Insane asylums in Bengal annual reports 1867-1875 - 1867-1875
Year: 1867
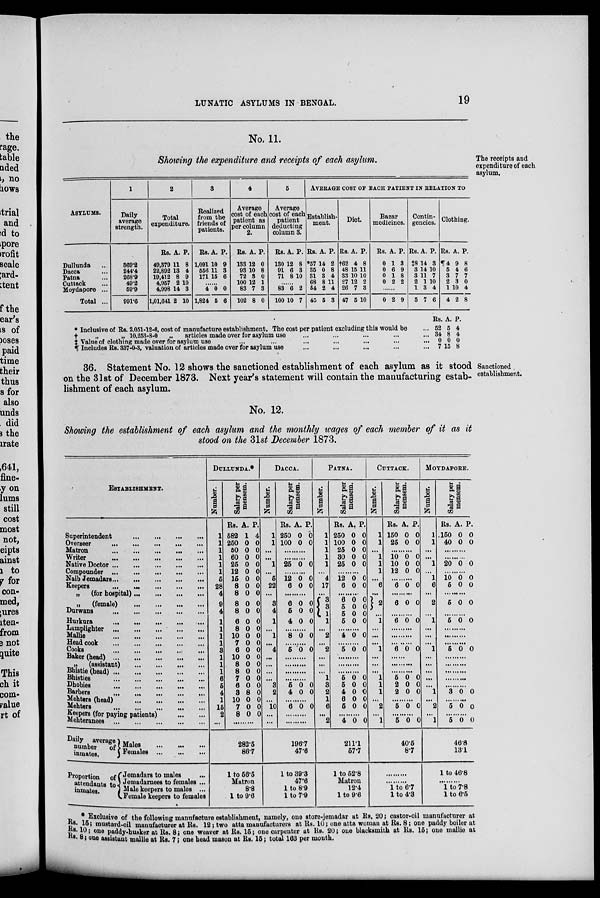
LUNATIC ASYLUMS IN BENGAL.
19
The receipts and
expenditure of each
asylum.
No. 11.
Showing the expenditure and receipts of each asylum.
ASYLUMS.
Dullunda ...
Dacca ...
Patna ...
Cuttack ...
Moydapore ...
Total ...
1
Daily
average
strength.
369.2
244.4
268.9
49.2
59.9
991.6
2
Total
expenditure.
Rs.
49,379
22,892
19,412
4,957
4,998
1,01,641
A.
11
13
8
2
14
2
P.
8
4
9
10
3
10
3
Realized
from the
friends of
patients.
Rs.
1,091
556
171
A.
10
11
15
P.
9
3
6
.......
4
1,824
0
5
0
6
4
Average
cost of each
patient as
per column
2.
Rs.
133
93
72
100
83
102
A.
12
10
3
12
7
8
P.
0
8
0
1
3
0
5
Average
cost of each
patient
deducting
column 3.
Rs.
130
91
71
A.
12
6
8
P.
8
3
10
.....
83
100
6
10
2
7
AVERAGE COST OF EACH PATIENT IN RELATION TO
Establish-
ment.
Rs.
*57
35
31
68
54
45
A.
14
0
3
8
2
5
P.
2
8
4
11
4
3
Diet.
Rs.
†62
48
33
27
26
47
A.
4
15
10
12
7
5
P.
8
11
10
2
3
10
Bazar
medicines.
Rs.
0
0
0
0
A.
1
6
1
2
P.
3
9
8
2
......
0 2 9
Contin-
gencies.
Rs.
‡8
3
3
2
1
5
A.
14
14
11
1
3
7
P.
3
10
7
10
4
6
Clothing.
Rs.
¶4
5
3
2
1
4
A.
9
4
7
3
10
2
P.
8
6
7
0
4
8
* Inclusive of Rs. 2,051-12-6, cost of manufacture establishment. The cost per patient excluding this would be
†
„
„ 10,253-8-0
„
articles made over for asylum use ... ... ... ...
‡ Value of clothing made over for asylum use ... ... ... ... ... ... ... ...
¶ Includes Rs. 337-0-3, valuation of articles made over for asylum use ... ... ... ... ...
Rs.
52
34
0
7
A.
5
8
0
15
P.
4
4
0
8
Sanctioned
establishment.
36. Statement No. 12 shows the sanctioned establishment of each asylum as it stood
on the 31st of December 1873. Next year's statement will contain the manufacturing estab-
lishment of each asylum.
No. 12.
Showing the establishment of each asylum and the monthly wages of each member of it as it
stood on the 31st December 1873.
ESTABLISHMENT.
Superintendent
...
...
...
...
Overseer
...
...
...
...
Matron
...
...
...
...
Writer
...
...
...
...
Native Doctor
...
...
...
...
Compounder
...
...
...
...
...
Naib Jemadars ... ... ... ... ... ...
Keepers
...
...
...
...
...
...
(for hospital)
...
...
...
...
„
(female)
...
...
...
...
Durwans
...
...
...
...
...
Hurkura
...
...
...
...
...
Lamplighter
...
...
...
...
...
Mallie
...
...
...
...
...
...
Head cook
...
...
...
...
...
...
Cooks
...
...
...
...
...
...
Baker (head)
...
...
...
...
...
„
(assistant)
...
...
...
...
...
Bhistie (head)
...
...
...
...
...
Bhisties ... ... ... ... ... ...
Dhobies ... ... ... ... ...
Barbers
...
...
...
...
...
...
Mehters (head)
...
...
...
...
...
Mehters ... ... ... ... ... ...
keepers (for paying patients)
...
...
Mehteranees
...
...
...
...
...
...
Daily
average
number
of
inmates.
Proportion of
attendants to
inmates.
Males
...
...
...
Females
...
...
...
Jemadars to males
...
Jemadarnees to females ...
Male keepers to males ...
Female keepers to females
DULLUNDA.*
Number.
1
1
1
1
1
1
5
28
4
9
4
1
1
1
1
3
1
1
1
6
5
4
1
15
2
...
Salary per
mensem.
Rs.
582
250
50
60
25
12
15
8
8
8
8
6
8
10
7
6
10
8
8
7
6
3
10
7
8
A.
1
0
0
0
0
0
0
0
0
0
0
0
0
0
0
0
0
0
0
0
0
8
0
0
0
P.
4
0
0
0
0
0
0
0
0
0
0
0
0
0
0
0
0
0
0
0
0
0
0
0
0
.........
282.5
86.7
1 to 56.5
Matron
8.8
1 to 9.6
DACCA.
Number.
1
1
...
...
1
...
5
22
...
3
4
1
...
1
...
4
...
...
...
...
3
2
...
10
...
...
Salary per
mensem.
Rs.
250
100
A.
0
0
P.
0
0
.......
.......
25 0 0
.......
12
6
0
0
0
0
.......
6
5
4
0
0
0
0
0
0
.......
8 0 0
......
5 0 0
......
......
......
.......
5
4
0
0
0
0
.......
6 0 0
........
.........
196.7
47.6
1 to 39.3
47.6
1 to 8.9
1 to 7.9
PATNA.
Number.
1
1
1
1
1
...
4
17
...
3 3
1
...
2
2
...
. ..
...
1
3
2
1
6
...
2
Salary per
mensem.
Rs.
250
100
25
30
25
A.
0
0
0
0
0
P.
0
0
0
0
0
.........
12
6
0
0
0
0
........
6
5
5
0
0
0
0
0
0
........
4 0 0
.........
5 0 0
........
........
.......
5
5
4
6
5
0
0
0
0
0
0
0
0
0
0
.......
4 0 0
211.1
57.7
1 to 52.8
Matron
12.4
1 to 9.6
CUTTACK.
Number.
1
1
...
1
1
1
6
...
2
... 1
...
...
...
1
...
...
...
1
1
1
2
1
Salary per
mensem.
Rs.
150
25
A.
0
0
P.
0
0
........
10
10
12
0
0
0
0
0
0
........
6 0 0
.......
6 0 0
.......
6 0 0
.......
.......
......
6 0 0
......
.....
.......
5
2
2
0
0
0
0
0
0
........
5 0 0
.......
5 0 0
40.5
8.7
........
........
1 to 6.7
1 to 4.3
MOYDAPORE.
Number.
1
1
...
...
1
...
1
6
. ..
2
...
1
...
...
...
1
...
...
...
...
...
1
....
2
...
1
Salary per
mensem.
Rs. .
150
40
A.
0
0
P.
0
0
........
.........
20 0 0
........
10
5
0
0
0
0
........
5 0 0
........
5 0 0
........
........
........
5 0 0
........
........
........
........
........
3 0 0
........
5 0 0
........
5 0 0
46.8
13.1
1 to 46.8
........
1 to 7.8
1 to 6.5
* Exclusive of the following manufacture establishment, namely, one store-jemadar at Rs. 20 ; castor-oil manufacturer at
Rs. 15; mustard-oil manufacturer at Rs. 12; two atta manufacturers at Rs. 10; one atta woman at Rs. 8; one paddy boiler at
Rs.10; one paddy-husker at Rs. 8; one weaver at Rs. 15 ; one carpenter at Rs. 20; one blacksmith at Rs. 15; one mallie at
Rs.8; one assistant mallie at Rs. 7; one head mason at Rs. 15; total 163 per month.